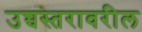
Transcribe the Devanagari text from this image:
उच्चस्तरावरील